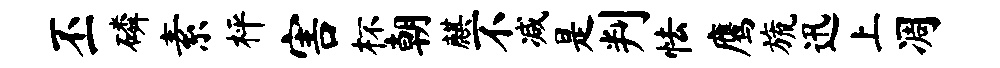
丕磷素枰害杯朝麒不减是判怯鹰旒迅上凋